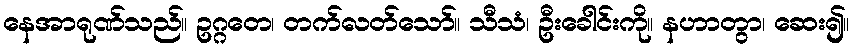
နေအာရုဏ်သည်။ ဥဂ္ဂတေ၊ တက်လတ်သော်။ သီသံ၊ ဦးခေါင်းကို။ နဟာတွာ၊ ဆေး၍။